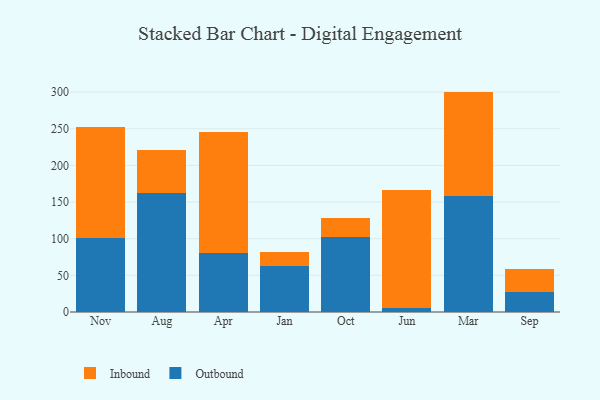
{"axis": {"x": "Month", "y": "Backlog"}, "legend": ["Inbound", "Outbound"], "data": [{"x": "Nov", "y": 100.6, "type": "Outbound"}, {"x": "Nov", "y": 151.3, "type": "Inbound"}, {"x": "Aug", "y": 162.5, "type": "Outbound"}, {"x": "Aug", "y": 58.3, "type": "Inbound"}, {"x": "Apr", "y": 80.5, "type": "Outbound"}, {"x": "Apr", "y": 164.8, "type": "Inbound"}, {"x": "Jan", "y": 63.3, "type": "Outbound"}, {"x": "Jan", "y": 18.2, "type": "Inbound"}, {"x": "Oct", "y": 102.3, "type": "Outbound"}, {"x": "Oct", "y": 25.5, "type": "Inbound"}, {"x": "Jun", "y": 5.6, "type": "Outbound"}, {"x": "Jun", "y": 160.5, "type": "Inbound"}, {"x": "Mar", "y": 158.7, "type": "Outbound"}, {"x": "Mar", "y": 141.9, "type": "Inbound"}, {"x": "Sep", "y": 26.7, "type": "Outbound"}, {"x": "Sep", "y": 32.5, "type": "Inbound"}]}